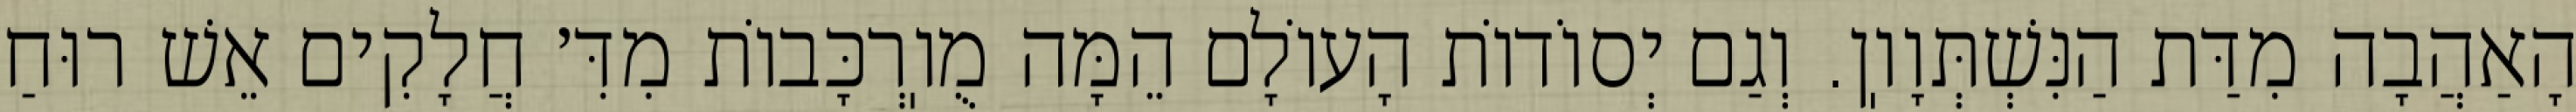
הָאַהֲבָה מִדַּת הַנִּשְׁתְּוָוֽן. וְגַם יְסוֹדוֹת הָעוֹלָם הֵמָּה מֻוֽרְכָּבוֹת מִדִּ׳ חֲלָקִים אֵשׁ רוּחַ